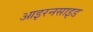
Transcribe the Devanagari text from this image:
आइरनसाइड